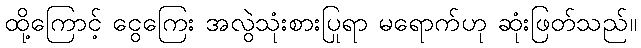
ထို့ကြောင့် ငွေကြေး အလွဲသုံးစားပြုရာ မရောက်ဟု ဆုံးဖြတ်သည်။